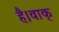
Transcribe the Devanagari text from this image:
है।वाक्